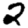
Digit: 2